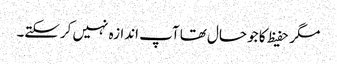
مگر حفیظ کا جو حال تھا آپ اندازہ نہیں کرسکتے۔